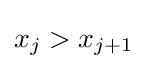
x_{j}>x_{j+1}